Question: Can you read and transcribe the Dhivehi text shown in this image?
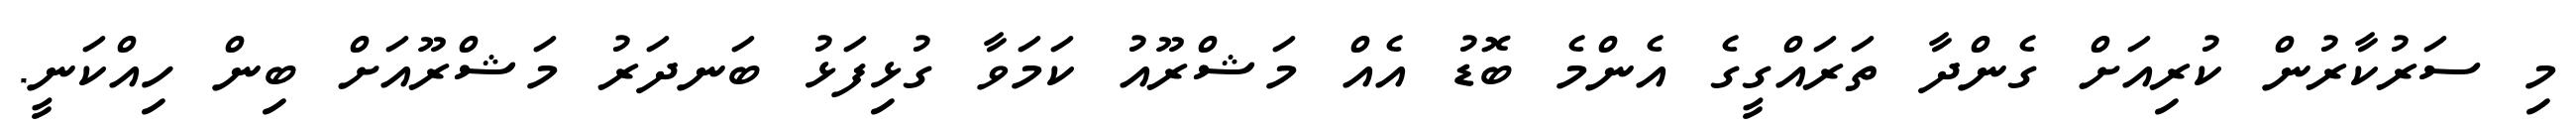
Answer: މި ސަރުކާރުން ކުރިއަށް ގެންދާ ތަރައްގީގެ އެންމެ ބޮޑު އެއް މަޝްރޫއު ކަމަވާ ގުޅިފަޅު ބަނދަރު މަޝްރޫއަށް ބިން ހިއްކަނީ.